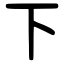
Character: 下